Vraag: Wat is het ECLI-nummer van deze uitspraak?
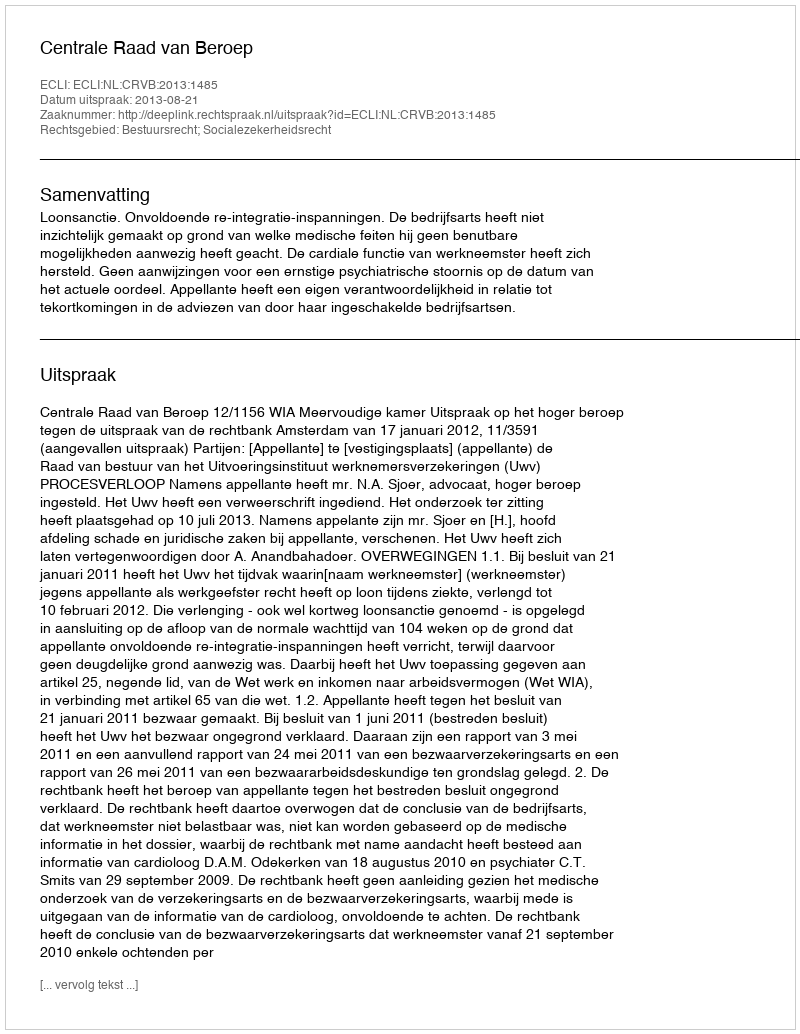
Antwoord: ECLI:NL:CRVB:2013:1485